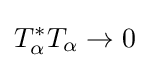
T_{\alpha }^{*}T_{\alpha }\to 0